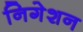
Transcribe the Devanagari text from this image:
निगेशन